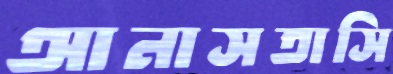
আনাসতাসি